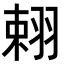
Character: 𦐾